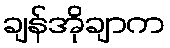
ချန်အိုချာက